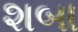
શબા